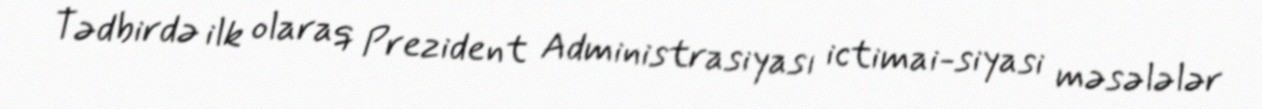
Tədbirdə ilk olaraq Prezident Administrasiyası ictimai-siyasi məsələlər